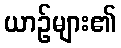
ယာဉ်များ၏